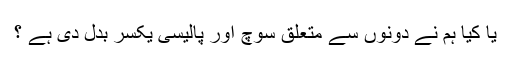
یا کیا ہم نے دونوں سے متعلق سوچ اور پالیسی یکسر بدل دی ہے ؟